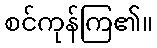
စင်ကုန်ကြ၏။